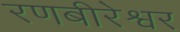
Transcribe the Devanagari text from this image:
रणबीरेश्वर